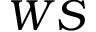
W S